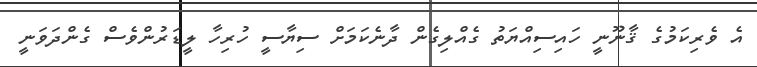
އެ ވެރިކަމުގެ ޤާނޫނީ ހައިސިއްޔަތު ގެއްލިގެން ދާނެކަމަށް ސިޔާސީ ހުރިހާ ލީޑަރުންވެސް ގެންދަވަނީ